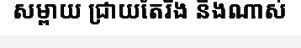
សម្ពាយ ជ្រាយតែរឹង នឹងណាស់